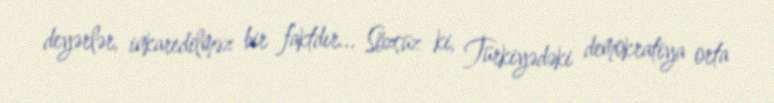
deyərlər, inkaredilməz bir faktdır... Sözsüz ki, Türkiyədəki demokratiya orta